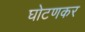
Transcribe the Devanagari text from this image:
घोटणकर